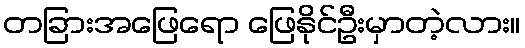
တခြားအဖြေရော ဖြေနိုင်ဦးမှာတဲ့လား။